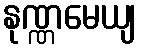
နုဏ္ဏမေယျ